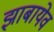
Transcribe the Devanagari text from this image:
झ़ाबायेव